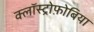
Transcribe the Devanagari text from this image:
क्लॉस्ट्रोफ़ोबिया